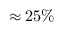
\approx 2 5 \%